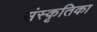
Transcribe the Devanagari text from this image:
संस्कृतिका